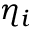
\eta _ { i }